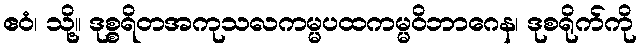
ဧဝံ၊ သို့။ ဒုစ္စရိတအကုသလကမ္မပထကမ္မဝိဘာဂေန၊ ဒုစရိုက်ကို